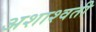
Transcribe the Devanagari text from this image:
अशाश्वती